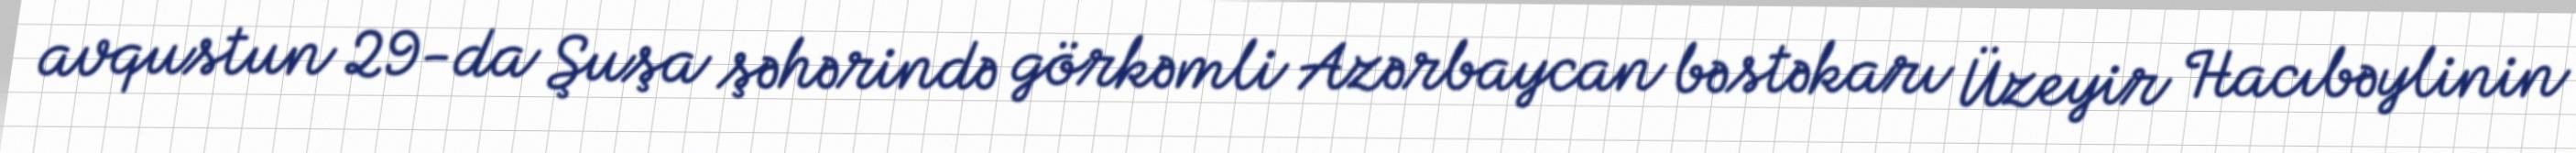
avqustun 29-da Şuşa şəhərində görkəmli Azərbaycan bəstəkarı Üzeyir Hacıbəylinin